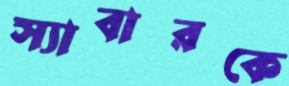
স্যাবারকে